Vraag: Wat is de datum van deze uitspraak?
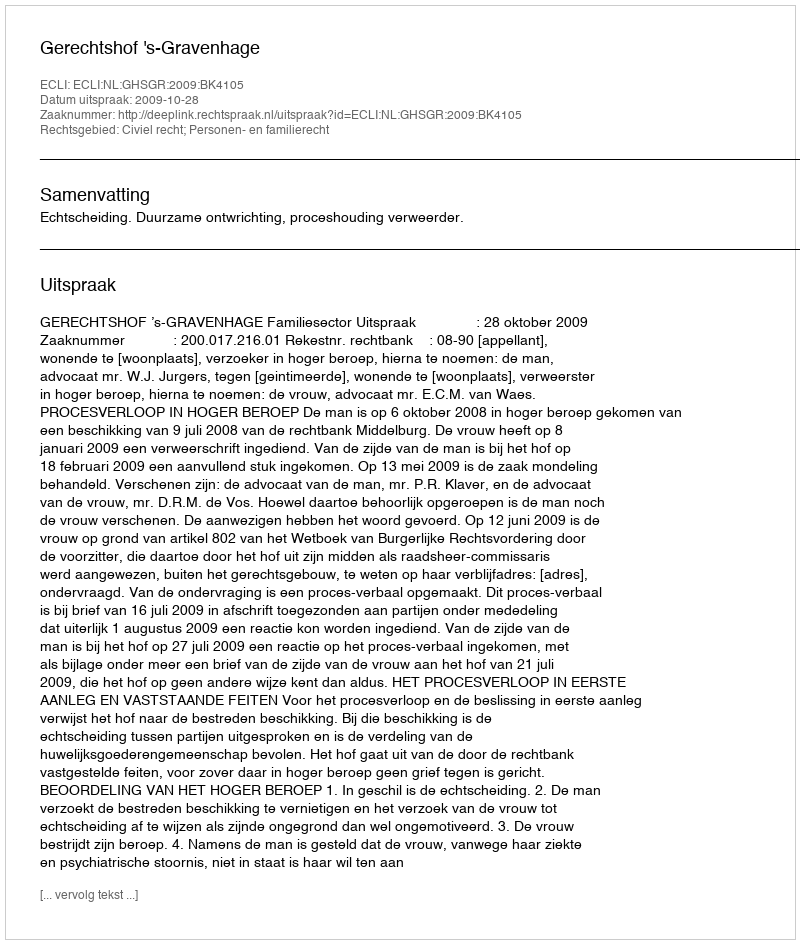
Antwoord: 2009-10-28